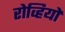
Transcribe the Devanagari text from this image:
रोव्हियो